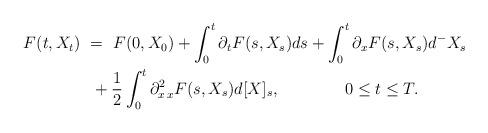
LaTeX: \begin{align*}F(t,X_{t}) \ &= \ F(0,X_{0}) + \int_{0}^{t}\partial_t F(s,X_s)ds + \int_{0}^{t} \partial_{x} F(s,X_s)d^-X_s \\&\ + \frac{1}{2}\int_{0}^{t} \partial^2_{x\, x} F(s,X_s)d[X]_s, \qquad\qquad0\leq t\leq T. \end{align*}